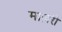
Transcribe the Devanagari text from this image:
माज़री